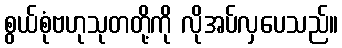
စွယ်စုံဗဟုသုတတို့ကို လိုအပ်လှပေသည်။